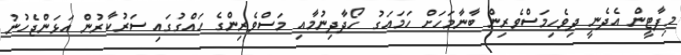
މިފާޓީން އެދެނީ ދިވެހިމަސްވެރިން ބާނާމަހަށް ހަމައަގު ހޯދާދިނުމާއި މަސްވެރިންގެ ހައްގުގައި ސަރުކާރުން އަޅަންޖެހުނު